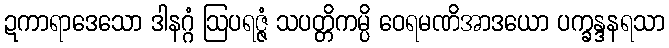
ဍကာရာဒေသော ဒါနဂ္ဂံ ဩပရဇ္ဇံ သပတ္တိကမ္ပိ ဝေရမဏိအာဒယော ပက္ခန္ဒနရသာ